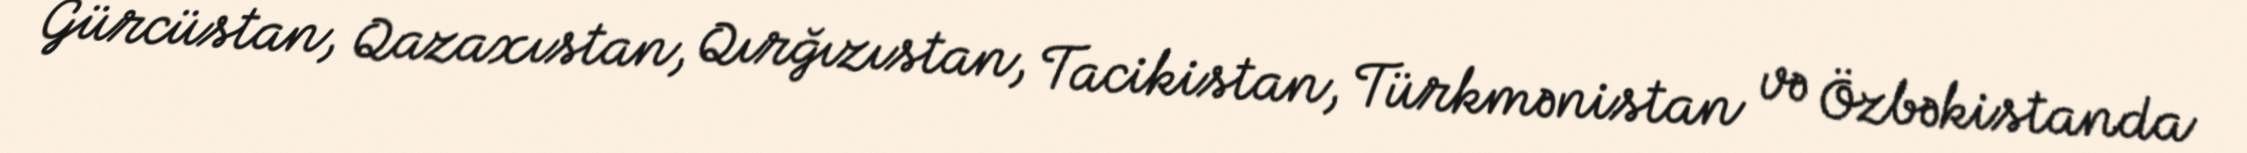
Gürcüstan, Qazaxıstan, Qırğızıstan, Tacikistan, Türkmənistan və Özbəkistanda